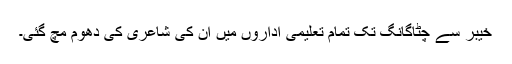
خیبر سے چٹاگانگ تک تمام تعلیمی اداروں میں ان کی شاعری کی دھوم مچ گئی۔